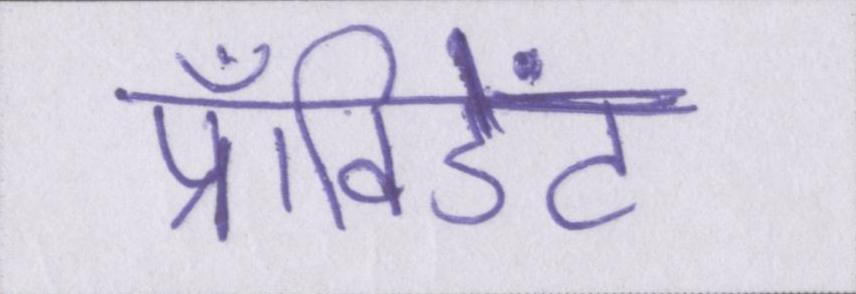
प्रॉविडेंट